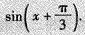
$$\sin(x+ \frac{\pi}{3})$$.